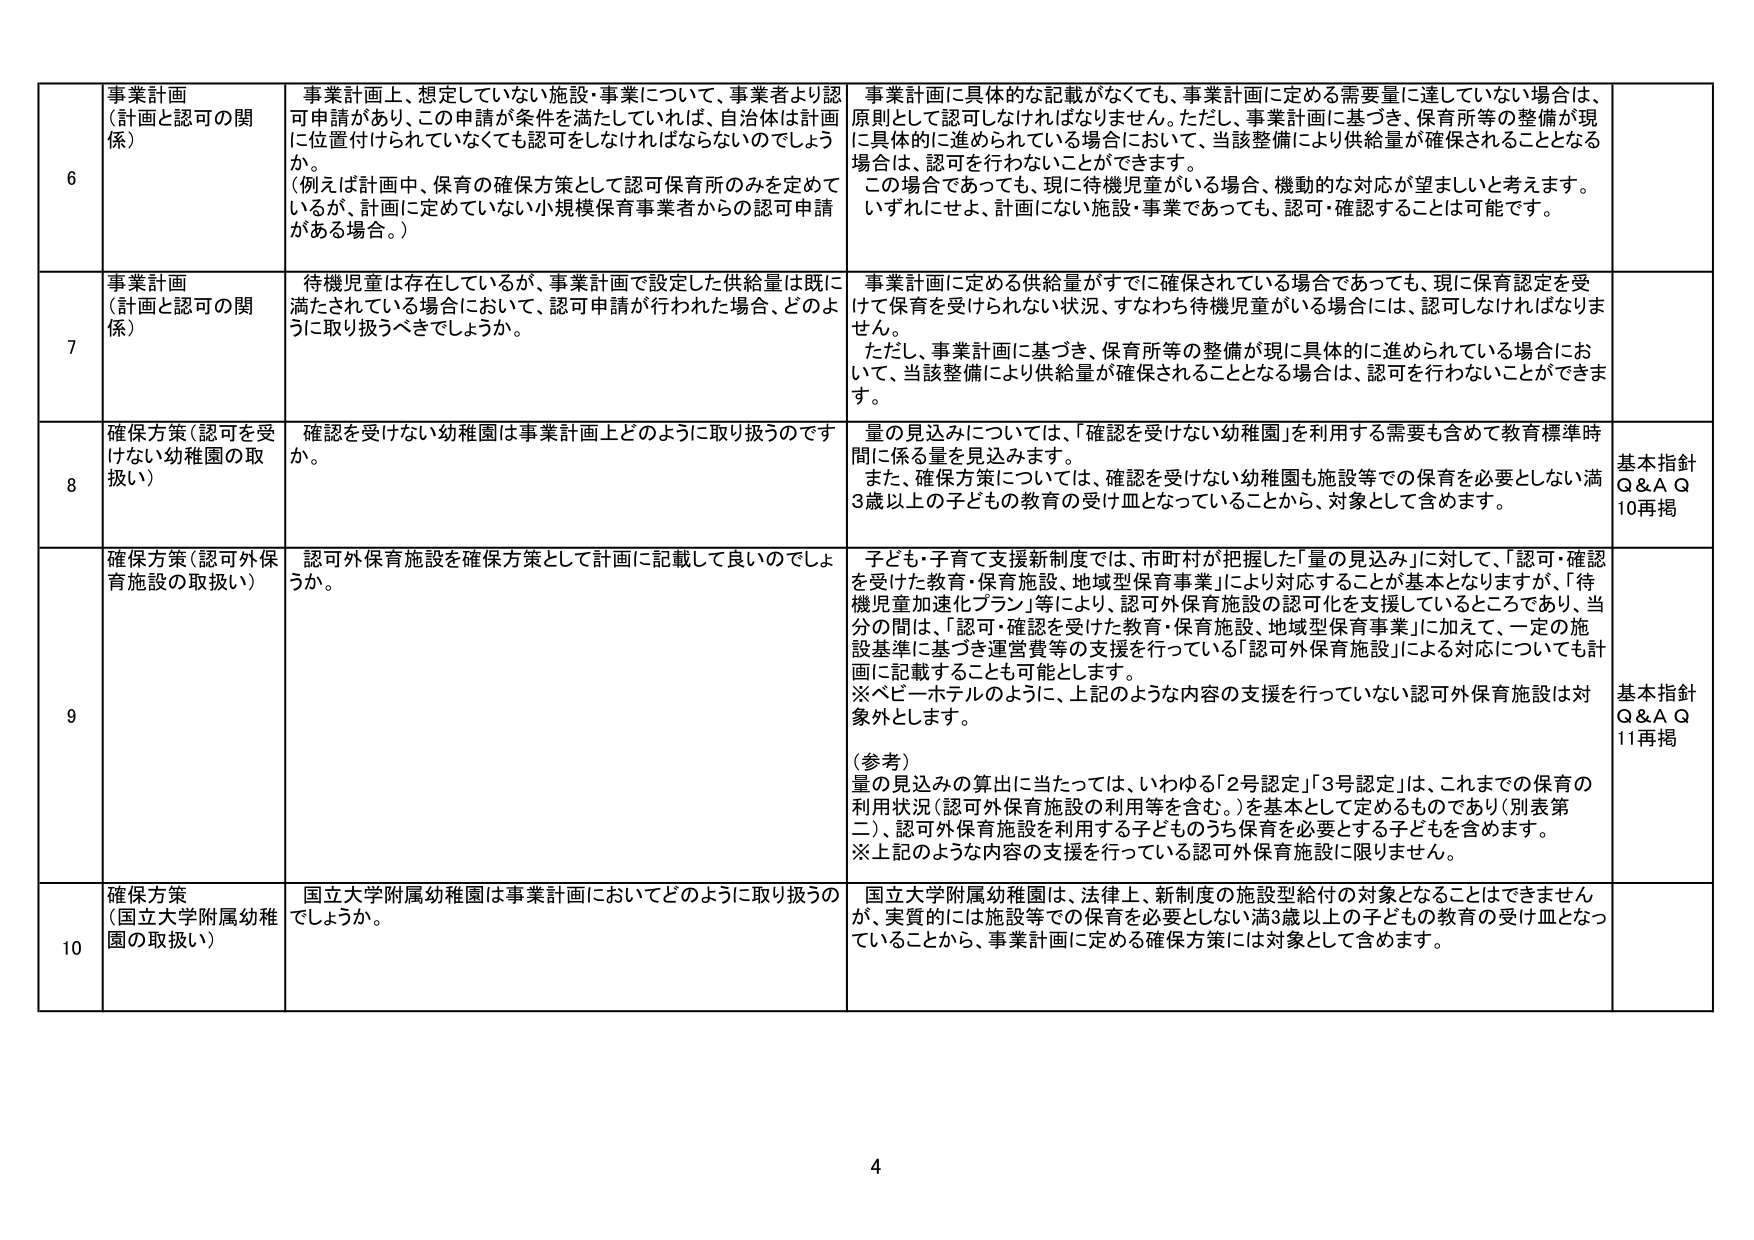
6 事業計画（計画と認可の関係） 事業計画上、想定していない施設・事業について、事業者より認可申請があり、この申請が条件を満たしていれば、自治体は計画に位置付けられていてなくても認可をしなければならないのでしょうか。（例えば計画中、保育の確保方策として認可保育所のみを定めているが、計画に定めていない小規模保育事業者からの認可申請がある場合。） 事業計画に具体的な記載がなくても、事業計画に定める需要量に達していない場合は、原則として認可しなければなりません。ただし、事業計画に基づき、保育所等の整備が現に具体的に進められている場合において、当該整備により供給量が確保されることとなる場合は、認可を行わないことができます。この場合であっても、現に待機児童がいる場合、機動的な対応が望ましいと考えます。いずれにせよ、計画にない施設・事業であっても、認可・確認することは可能です。

7 事業計画（計画と認可の関係） 待機児童は存在しているが、事業計画で設定した供給量は既に満たされている場合において、認可申請が行われた場合、どのように取り扱うべきでしょうか。 事業計画に定める供給量がすでに確保されている場合であっても、現に保育認定を受けて保育を受けられない状況、すなわち待機児童がいる場合には、認可しなければなりません。ただし、事業計画に基づき、保育所等の整備が現に具体的に進められている場合において、当該整備により供給量が確保されることとなる場合は、認可を行わないことができます。

8 確保方策（認可を受けない幼稚園の取扱い） 確認を受けない幼稚園は事業計画上どのように取り扱うのですか。 量の見込みについては、「確認を受けない幼稚園」を利用する需要も含めて教育標準時間に係る量を見込みます。また、確保方策については、確認を受けない幼稚園も施設等での保育を必要としない満3歳以上の子どもの教育の受け皿となっていることから、対象として含めます。 基本指針 Q＆A Q 10再掲

9 確保方策（認可外保育施設の取扱い） 認可外保育施設を確保方策として計画に記載して良いのでしょうか。 子ども・子育て支援新制度では、市町村が把握した「量の見込み」に対して、「認可・確認を受けた教育・保育施設、地域型保育事業」により対応することが基本となりますが、「待機児童加速化プラン」等により、認可外保育施設の認可化を支援しているところであり、当分の間は、「認可・確認を受けた教育・保育施設、地域型保育事業」に加えて、一定の施設基準に基づき運営費等の支援を行っている「認可外保育施設」による対応についても計画に記載することも可能とします。※ベビーホテルのように、上記のような内容の支援を行っていない認可外保育施設は対象外とします。（参考）量の見込みの算出に当たっては、いわゆる「2号認定」「3号認定」は、これまでの保育の利用状況（認可外保育施設の利用等を含む。）を基本として定めるものであり（別表第二）、認可外保育施設を利用する子どものうち保育を必要とする子どもを含めます。※上記のような内容の支援を行っている認可外保育施設に限ります。 基本指針 Q＆A Q 11再掲

10 確保方策（国立大学附属幼稚園の取扱い） 国立大学附属幼稚園は事業計画においてどのように取り扱うのでしょうか。 国立大学附属幼稚園は、法律上、新制度の施設型給付の対象となることはできませんが、実質的には施設等での保育を必要としない満3歳以上の子どもの教育の受け皿となっていることから、事業計画に定める確保方策には対象として含めます。

4